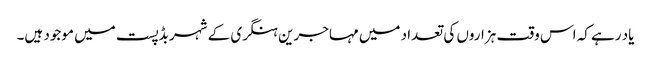
یاد رہے کہ اس وقت ہزاروں کی تعداد میں مہاجرین ہنگری کے شہر بڈپست میں موجود ہیں۔